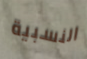
النسبية